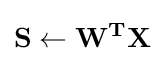
\mathbf {S} \leftarrow \mathbf {W^{T}} \mathbf {X}